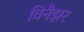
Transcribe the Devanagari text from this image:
विनैझर